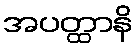
အပတ္ထာနိ